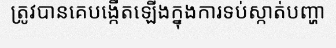
ត្រូវបានគេបង្កើតឡើងក្នុងការទប់ស្កាត់បញ្ហា